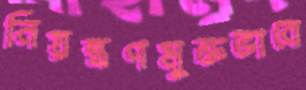
নিয়ন্ত্রণমুক্তভাবে